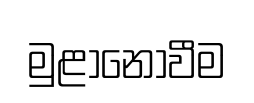
මුළානොවීම